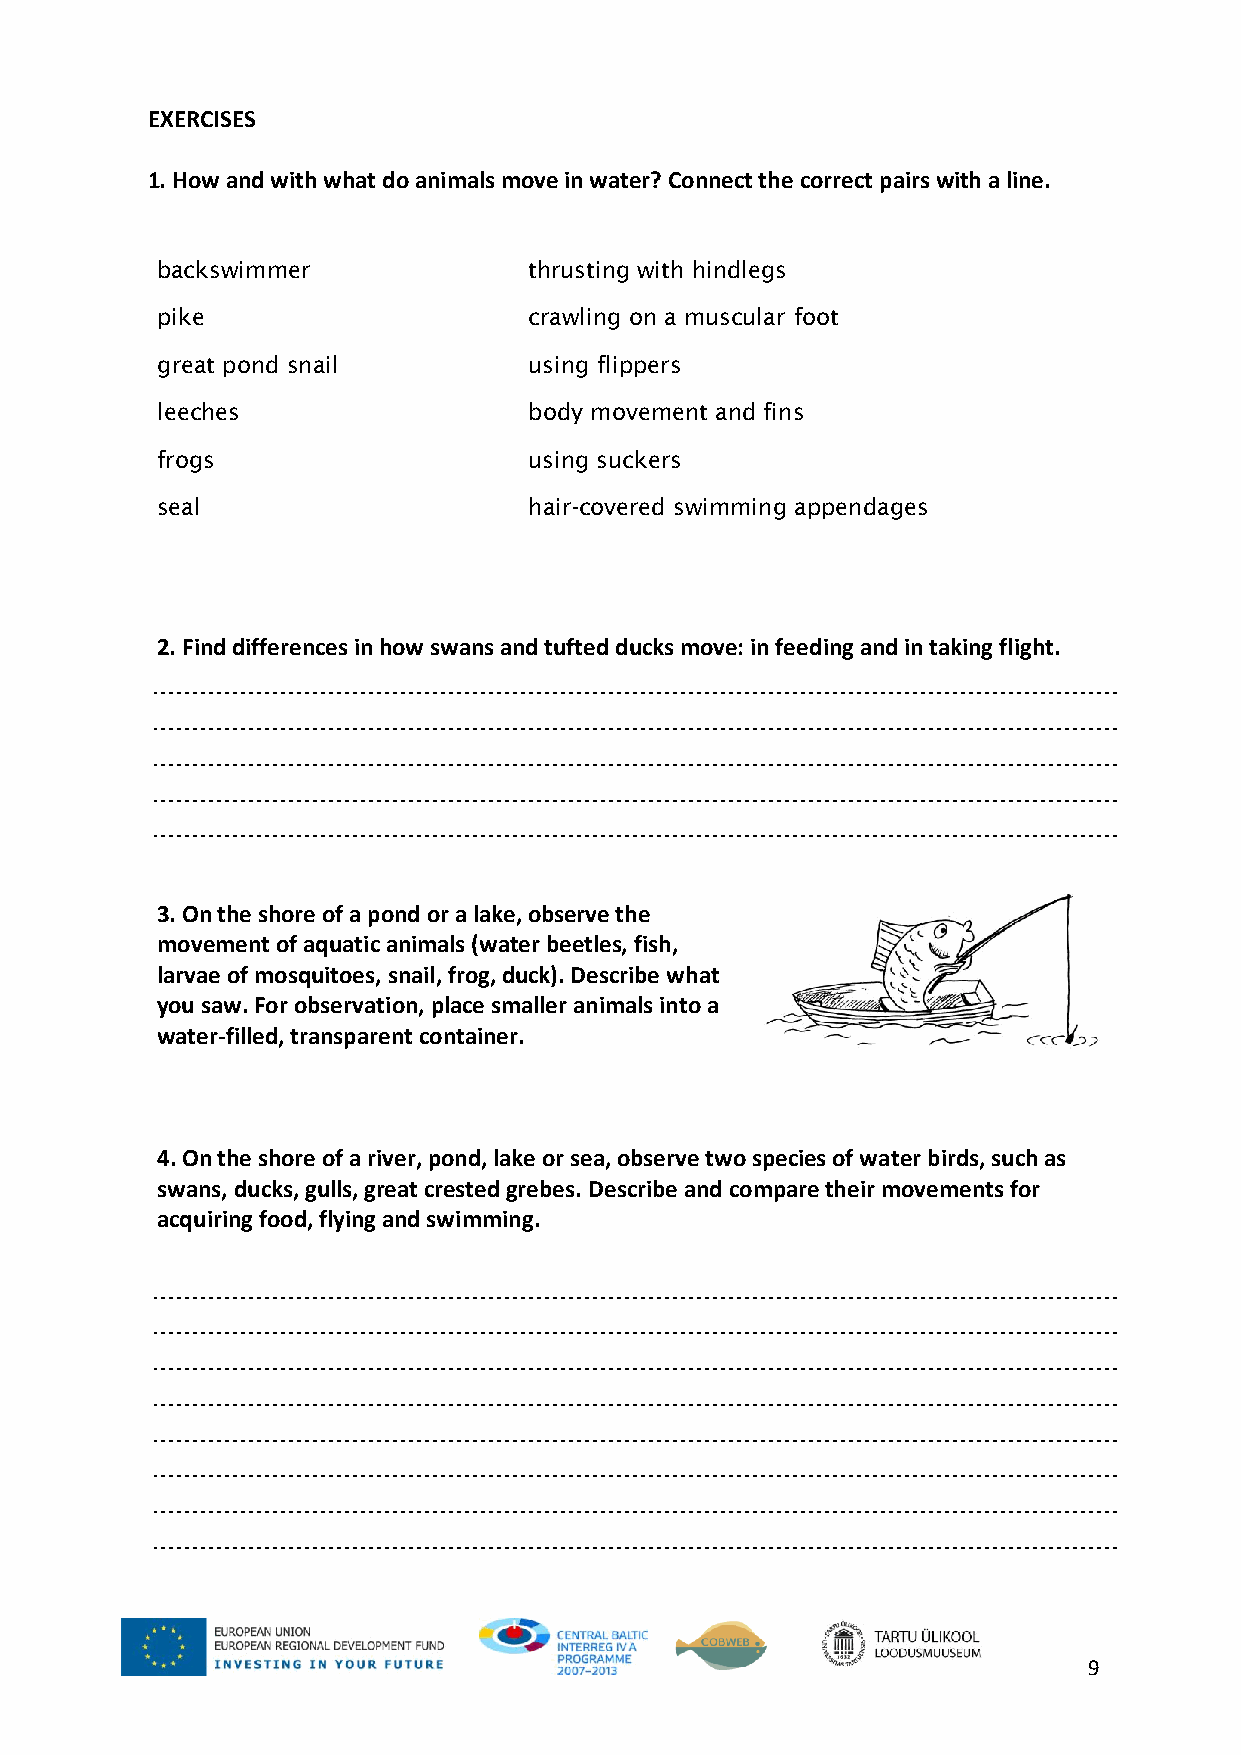
EXERCISES
 1. How and with what do animals move in water? Connect the correct pairs with a line.
 backswimmer              thrusting with hindlegs
 pike                     crawling on a muscular foot
 great pond snail         using flippers
 leeches                  body movement and fins
 frogs                    using suckers
 seal                     hair-covered swimming appendages
 2. Find differences in how swans and tufted ducks move: in feeding and in taking flight.
 3. On the shore of a pond or a lake, observe the
 movement of aquatic animals (water beetles, fish,
 larvae of mosquitoes, snail, frog, duck). Describe what
 you saw. For observation, place smaller animals into a
 water-filled, transparent container.
 4. On the shore of a river, pond, lake or sea, observe two species of water birds, such as
 swans, ducks, gulls, great crested grebes. Describe and compare their movements for
 acquiring food, flying and swimming.
 9